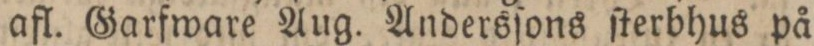
afl. Garfware Aug. Andersſons ſterbhus på